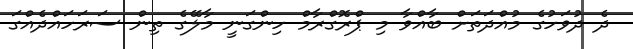
ދެ ދުވަހުގެ މުއްދަތަށް ބާއްވާ މި ޕްރޮގްރާމް ހިންގަނީ މާލޭގެ ތިން ސަރަހައްދެއްގަ